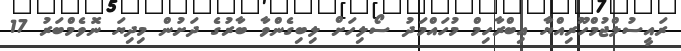
ރައީސުލްޖުމްހޫރިއްޔާ އިބްރާހިމް މުހައްމަދު ސޯލިހަށް ލިބިގެންވާ ބާރުގެ ދަށުން މިދިޔަ ނޮވެމްބަރު 17